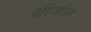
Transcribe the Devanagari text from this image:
श्रीजीत